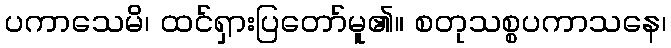
ပကာသေမိ၊ ထင်ရှားပြတော်မူ၏။ စတုသစ္စပကာသနေ၊